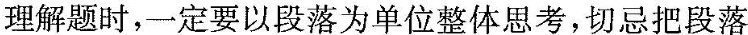
理解题时,一定要以段落为单位整体思考,切忌把段落